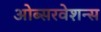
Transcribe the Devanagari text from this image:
ओब्सरवेशन्स